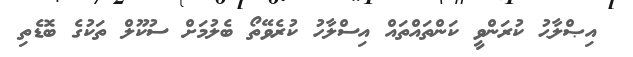
އިޞްލާޙު ކުރަންވީ ކަންތައްތައް އިސްލާހު ކުރެވޭތޯ ބެލުމަށް ސުކޫލް ތަކުގެ ބޮޑެތި